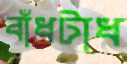
বাঁধটাধ